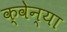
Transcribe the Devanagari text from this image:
क्वेन्या